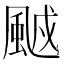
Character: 䬄